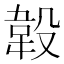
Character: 𣪡